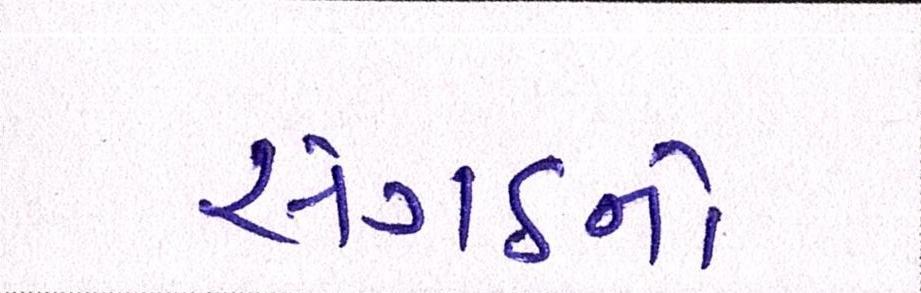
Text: સંગઠનો